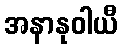
အနာနုဝါယီ